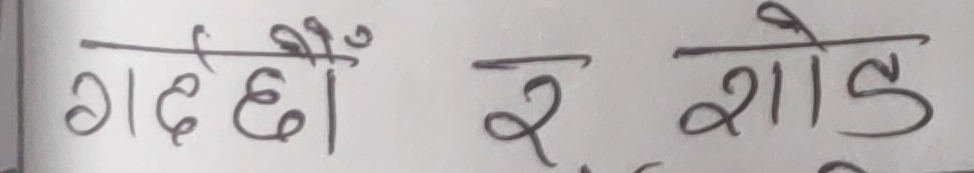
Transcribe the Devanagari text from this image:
गदेछौ र शोड